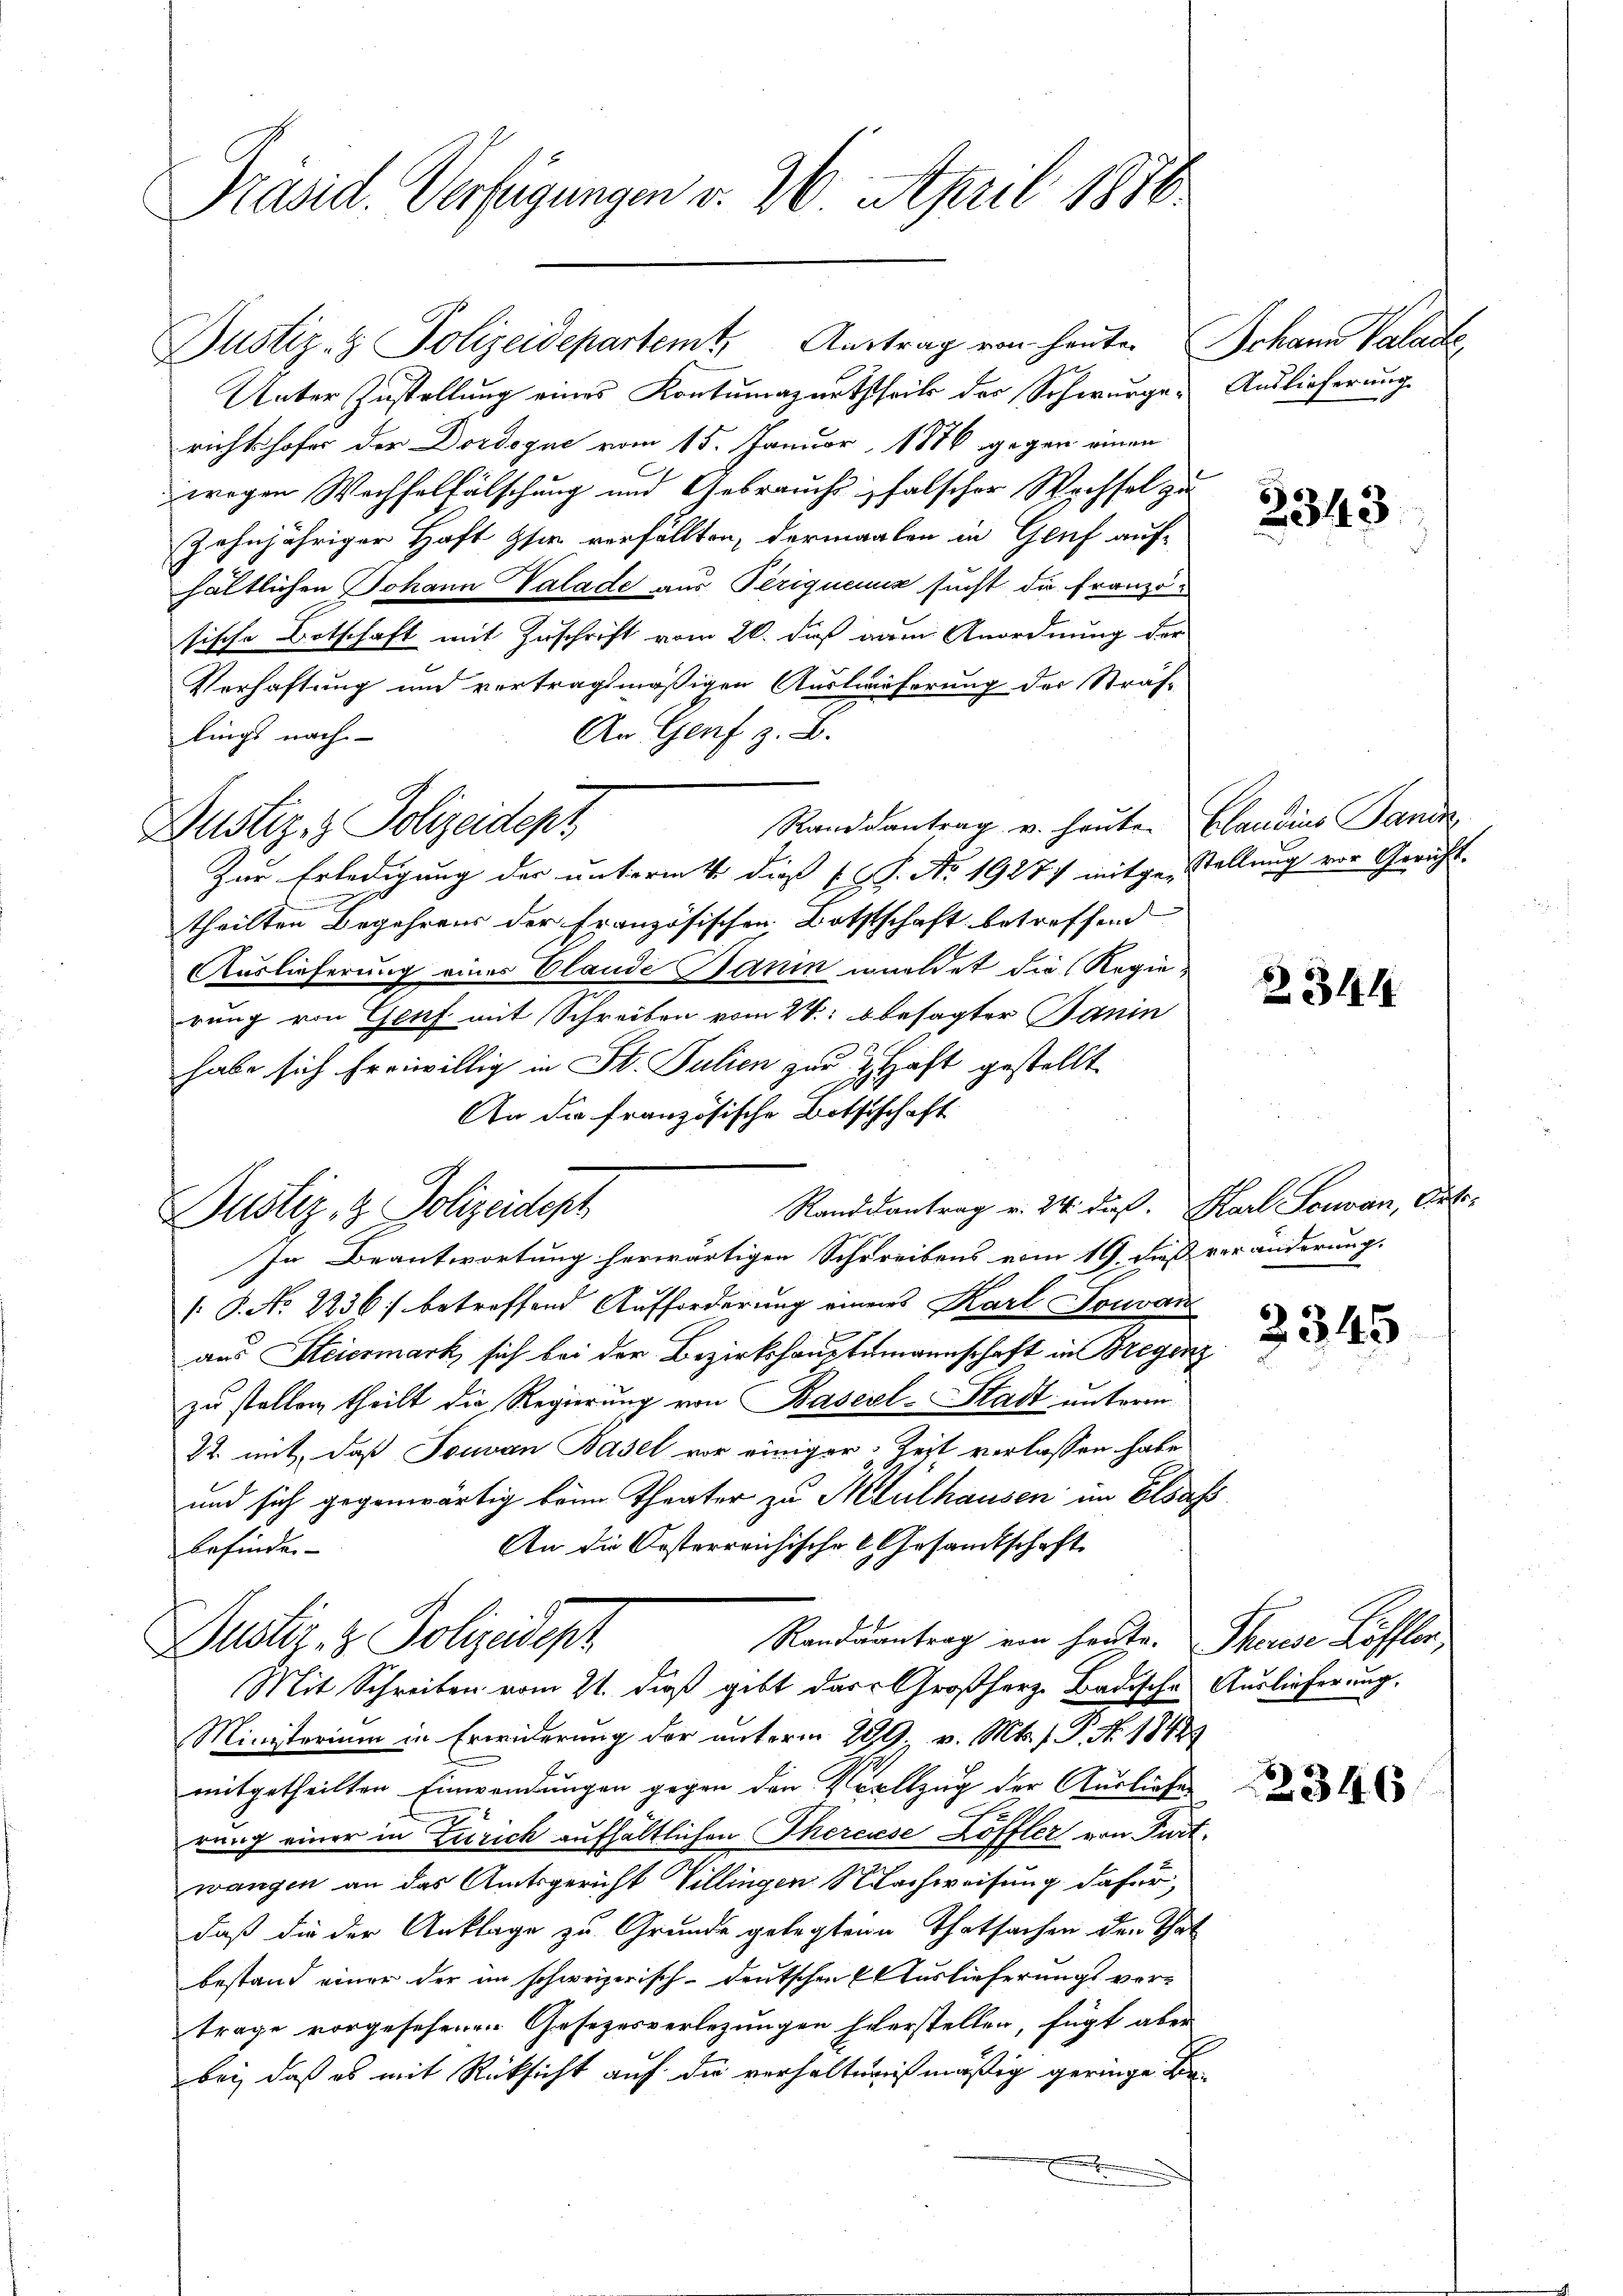
Präsid. Verfügungen v. 26. April 1888

Unter Zustellung eines Kontumaznaththeils der Schwurgerichtshofes der Dordoque vom 15. Januar 1876 gegen einen
wegen Wechselfälschung und Gebrauch falscher Wechsel zu
zehnjähriger Haft sie verfällten, dermaalen in Genf auf-
hältlichen Johann Valade aus Periquenz sucht die Französische Botschaft mit Zuschrift vom 20. dieß um Anordnung der
Verhaftung und vertragsmäßigen Auslieferung der Sträf¬
An Genf z. B.
lings nach
Randsantrag v. heuten Claudius Sanit
Zur Erledigung der unterm 4. dieß l. J. No 19277 mitgestellung vor Gericht.
theilten Begehrens der Französischen Bothtschaft betreffend
Auslieferung eines Elande Janin werdet die Regierung von Genf mit Schreiben vom 24. besagter Banin
habe sich freiwillig in St. Julien zur Haft gestellt
An die französische Botschschaft
Randsantrag v. 24. dieß. Karl Souvan, Arte-
In Beantwortung herwärtigen Schreibens vom 19. dieß veränderung.
[ P. No 2236) betreffend Aufforderung einen Karl Touvan
aus Steiermark, sich bei der Bezirkshauptmannschaft in Bregenz
zu stellen, theilt die Regierung von Basel-Stadt unterm
22. mit, daß Touvan Basel vor einiger Zeit verlassen habe
und sich gegenwärtig beim Theater zu Mülhausen im Elsas
An die Oesterreichische Gesandtschaft
Befinder
Randsantrag ein heute. Therese Löffler,
Justiz- & Polizeidept
Mit Schreiben vom 21. dieß gibt das Großherz, Badische
Ministerium in Erwiderung der unterm 299. v. Mts. f. P. Nr. 18429
mitgetheilten Einwendungen gegen den Vollzug der Ausliefe
rung einer in Zürich aufhältlichen Thereiese Löffler von Purt.
wangen an das Amtsgericht Villingen Nachweisung dafür,
daß die der Anklage zu Grunde gelegten Thatsachen den That
bestand einer der im schweizerisch-deutschen Auslieferungs vertrage vorgesehenen Gesezesverlegungen hierstellen, fügt aber
bei, daß es mit Rücksicht auf die verhältnißmäßig geringen Be

Justiz- & Polizeident

Dustiz & Polizeidept

Justiz- & Polizeidepartemt, Austrag von heute. Johann Valante,

Auslieferung.

2343.

2344

2345

Auslieferung.

2346